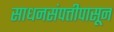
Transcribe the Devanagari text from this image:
साधनसंपत्तीपासून